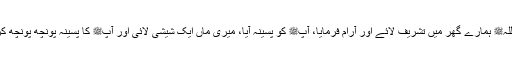
1573: سیدنا انسؓ سے روایت ہے کہ رسول اللہﷺ ہمارے گھر میں تشریف لائے اور آرام فرمایا، آپﷺ کو پسینہ آیا، میری ماں ایک شیشی لائی اور آپﷺ کا پسینہ پونچھ پونچھ کر اس میں ڈالنے لگی، آپﷺ کی آنکھ کھل گئی۔